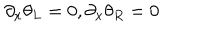
\partial _ { x } \theta _ { L } = 0 , \partial _ { x } \theta _ { R } = 0